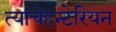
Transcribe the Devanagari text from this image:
त्यांचेहन्टेरियन